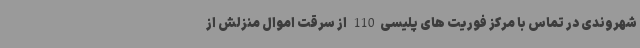
شهروندی در تماس با مرکز فوریت های پلیسی110 از سرقت اموال منزلش از